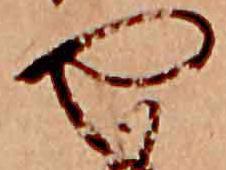
や